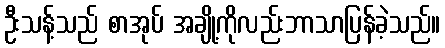
ဦးသန့်သည် စာအုပ် အချို့ကိုလည်းဘာသာပြန်ခဲ့သည်။